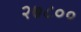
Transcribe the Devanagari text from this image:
२७८००